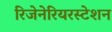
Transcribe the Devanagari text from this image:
रिजेनेरियरस्टेशन